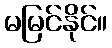
မမြင်နိုင်။